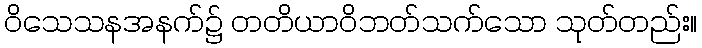
ဝိသေသနအနက်၌ တတိယာဝိဘတ်သက်သော သုတ်တည်း။